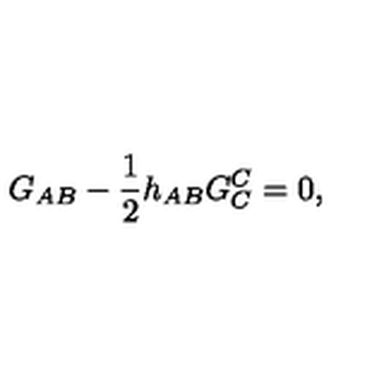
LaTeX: G _ { A B } - \frac { 1 } { 2 } h _ { A B } G ^ { C } _ { C } = 0 ,